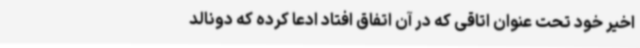
اخیر خود تحت عنوان اتاقی که در آن اتفاق افتاد ادعا کرده که دونالد